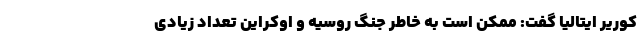
کوریر ایتالیا گفت: ممکن است به خاطر جنگ روسیه و اوکراین تعداد زیادی